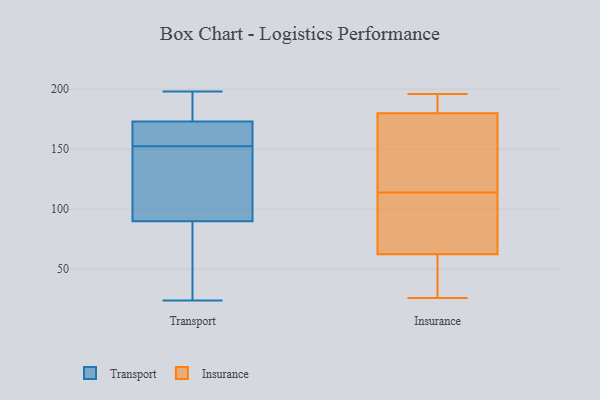
{"axis": {"x": "Waste Production (Tons)", "y": "Value"}, "legend": ["Insurance", "Transport"], "data": [{"x": "", "y": 177, "type": "Transport"}, {"x": "", "y": 90, "type": "Transport"}, {"x": "", "y": 65, "type": "Transport"}, {"x": "", "y": 119, "type": "Transport"}, {"x": "", "y": 195, "type": "Transport"}, {"x": "", "y": 198, "type": "Transport"}, {"x": "", "y": 24, "type": "Transport"}, {"x": "", "y": 196, "type": "Transport"}, {"x": "", "y": 79, "type": "Transport"}, {"x": "", "y": 153, "type": "Transport"}, {"x": "", "y": 100, "type": "Transport"}, {"x": "", "y": 35, "type": "Transport"}, {"x": "", "y": 152, "type": "Transport"}, {"x": "", "y": 93, "type": "Transport"}, {"x": "", "y": 163, "type": "Transport"}, {"x": "", "y": 170, "type": "Transport"}, {"x": "", "y": 173, "type": "Transport"}, {"x": "", "y": 167, "type": "Transport"}, {"x": "", "y": 196, "type": "Insurance"}, {"x": "", "y": 126, "type": "Insurance"}, {"x": "", "y": 176, "type": "Insurance"}, {"x": "", "y": 63, "type": "Insurance"}, {"x": "", "y": 56, "type": "Insurance"}, {"x": "", "y": 118, "type": "Insurance"}, {"x": "", "y": 110, "type": "Insurance"}, {"x": "", "y": 184, "type": "Insurance"}, {"x": "", "y": 194, "type": "Insurance"}, {"x": "", "y": 26, "type": "Insurance"}, {"x": "", "y": 107, "type": "Insurance"}, {"x": "", "y": 62, "type": "Insurance"}]}